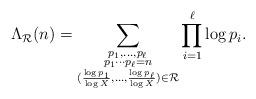
LaTeX: \begin{align*}\Lambda_\mathcal{R}(n)=\sum_{\substack{p_1,\dots,p_{\ell}\\ p_1\cdots p_\ell=n \\ (\frac{\log{p}_1}{\log{X}},\dots,\frac{\log{p_\ell}}{\log{X}})\in\mathcal{R}}}\prod_{i=1}^\ell \log{p_i}.\end{align*}